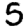
Digit: 5